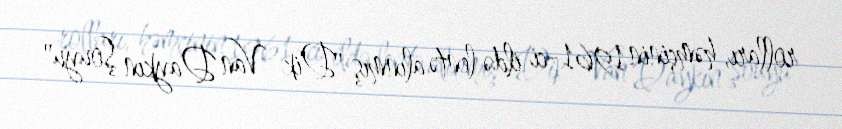
rolları, həmçinin 1961-ci ildə lentə alınmış "Dik Van Daykın Şouyu"